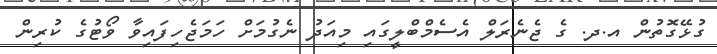
ގުޅޭގޮތުން އ.ދ. ގެ ޖެނެރަލް އެސެމްބްލީގައި މިއަދު ނެގުމަށް ހަމަޖެހިފައިވާ ވޯޓުގެ ކުރިން